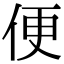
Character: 便